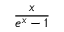
\frac { x } { e ^ { x } - 1 }